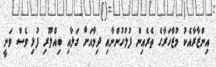
އިންޒާރާއެކު މުޒާހަރާގެ ތެރެއިން ފުލުހުންނާއި ދިމާއަށް ގަލާއި ބިއްލޫރި ފުޅި ވެސް ވަނީ